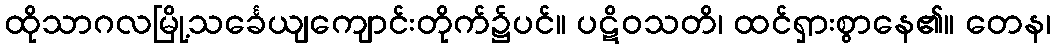
ထိုသာဂလမြို့သင်္ခေယျကျောင်းတိုက်၌ပင်။ ပဋိဝသတိ၊ ထင်ရှားစွာနေ၏။ တေန၊